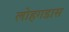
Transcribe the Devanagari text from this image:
लोहगडास